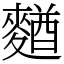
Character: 𪍑